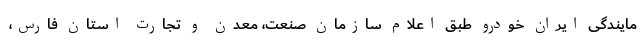
مایندگی ایران خودرو طبق اعلام سازمان صنعت، معدن و تجارت استان فارس،